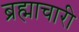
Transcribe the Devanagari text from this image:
ब्रह्माचारी